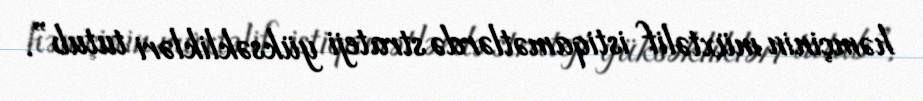
həmçinin müxtəlif istiqamətlərdə strateji yüksəklikləri tutub”.